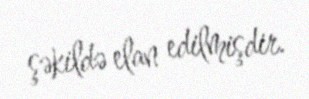
şəkildə elan edilmişdir.